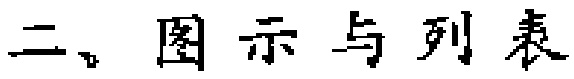
二、图示与列表